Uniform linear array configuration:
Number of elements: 8
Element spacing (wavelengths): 0.25
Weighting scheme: cosine
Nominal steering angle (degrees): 30
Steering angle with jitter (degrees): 31.468
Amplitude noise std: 0.05
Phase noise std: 0.05

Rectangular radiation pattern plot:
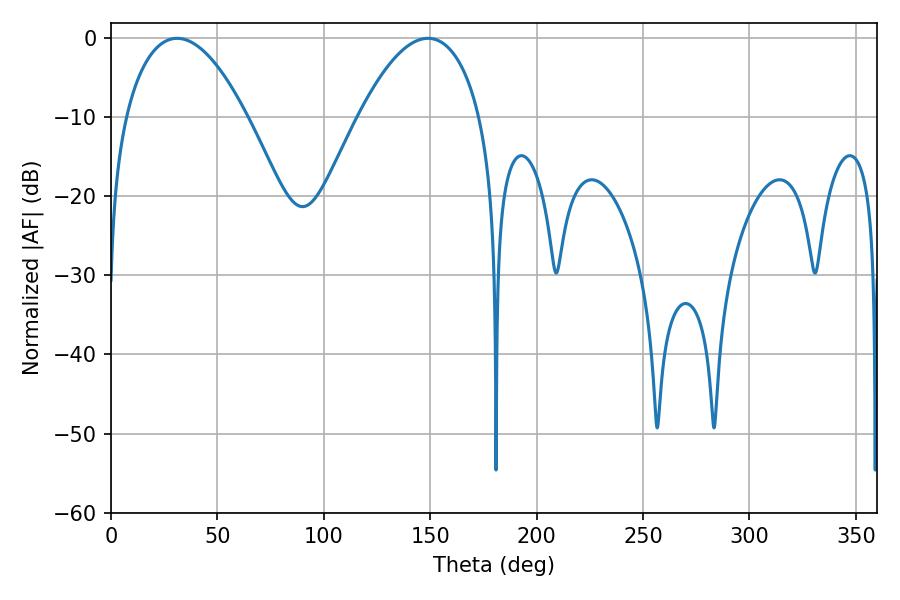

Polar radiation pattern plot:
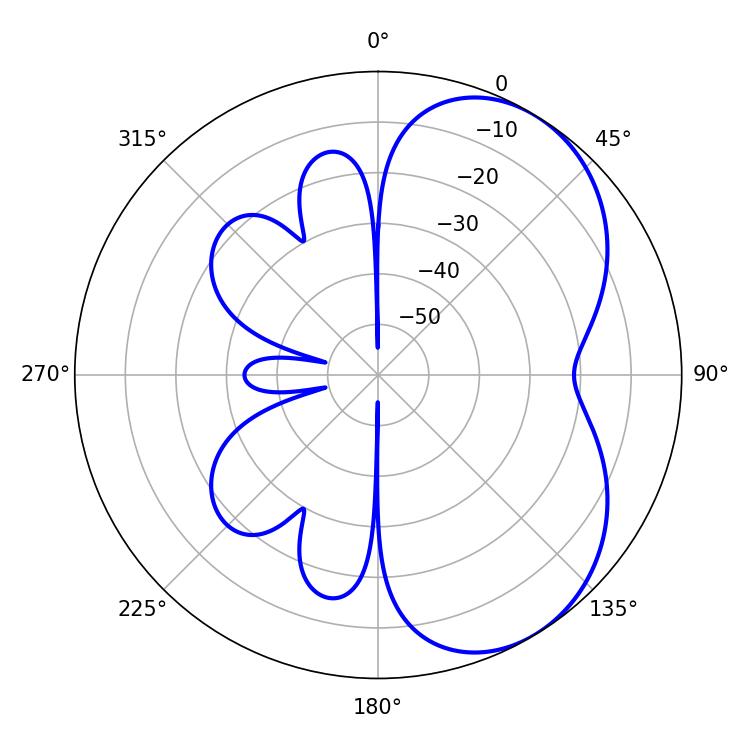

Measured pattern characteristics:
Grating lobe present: FALSE
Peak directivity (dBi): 5.012
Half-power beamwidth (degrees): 31.68
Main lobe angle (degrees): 31.14